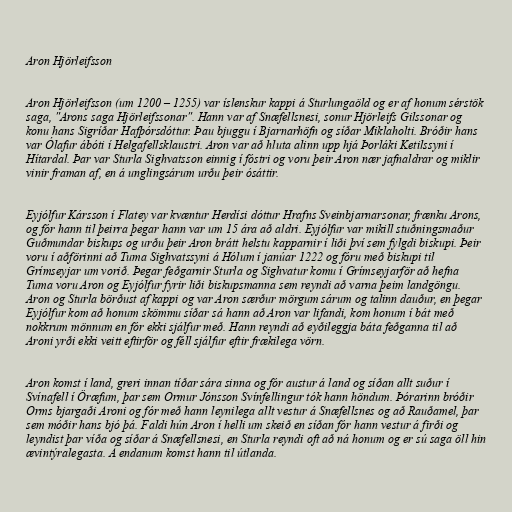
Aron Hjörleifsson

Aron Hjörleifsson (um 1200 – 1255) var íslenskur kappi á Sturlungaöld og er af honum sérstök
saga, "Arons saga Hjörleifssonar". Hann var af Snæfellsnesi, sonur Hjörleifs Gilssonar og
konu hans Sigríðar Hafþórsdóttur. Þau bjuggu í Bjarnarhöfn og síðar Miklaholti. Bróðir hans
var Ólafur ábóti í Helgafellsklaustri. Aron var að hluta alinn upp hjá Þorláki Ketilssyni í
Hítardal. Þar var Sturla Sighvatsson einnig í fóstri og voru þeir Aron nær jafnaldrar og miklir
vinir framan af, en á unglingsárum urðu þeir ósáttir.

Eyjólfur Kársson í Flatey var kvæntur Herdísi dóttur Hrafns Sveinbjarnarsonar, frænku Arons,
og fór hann til þeirra þegar hann var um 15 ára að aldri. Eyjólfur var mikill stuðningsmaður
Guðmundar biskups og urðu þeir Aron brátt helstu kapparnir í liði því sem fylgdi biskupi. Þeir
voru í aðförinni að Tuma Sighvatssyni á Hólum í janúar 1222 og fóru með biskupi til
Grímseyjar um vorið. Þegar feðgarnir Sturla og Sighvatur komu í Grímseyjarför að hefna
Tuma voru Aron og Eyjólfur fyrir liði biskupsmanna sem reyndi að varna þeim landgöngu.
Aron og Sturla börðust af kappi og var Aron særður mörgum sárum og talinn dauður, en þegar
Eyjólfur kom að honum skömmu síðar sá hann að Aron var lifandi, kom honum í bát með
nokkrum mönnum en fór ekki sjálfur með. Hann reyndi að eyðileggja báta feðganna til að
Aroni yrði ekki veitt eftirför og féll sjálfur eftir frækilega vörn.

Aron komst í land, greri innan tíðar sára sinna og fór austur á land og síðan allt suður í
Svínafell í Öræfum, þar sem Ormur Jónsson Svínfellingur tók hann höndum. Þórarinn bróðir
Orms bjargaði Aroni og fór með hann leynilega allt vestur á Snæfellsnes og að Rauðamel, þar
sem móðir hans bjó þá. Faldi hún Aron í helli um skeið en síðan fór hann vestur á firði og
leyndist þar víða og síðar á Snæfellsnesi, en Sturla reyndi oft að ná honum og er sú saga öll hin
ævintýralegasta. Á endanum komst hann til útlanda.